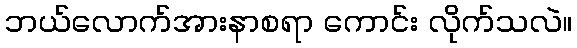
ဘယ်လောက်အားနာစရာ ကောင်း လိုက်သလဲ။